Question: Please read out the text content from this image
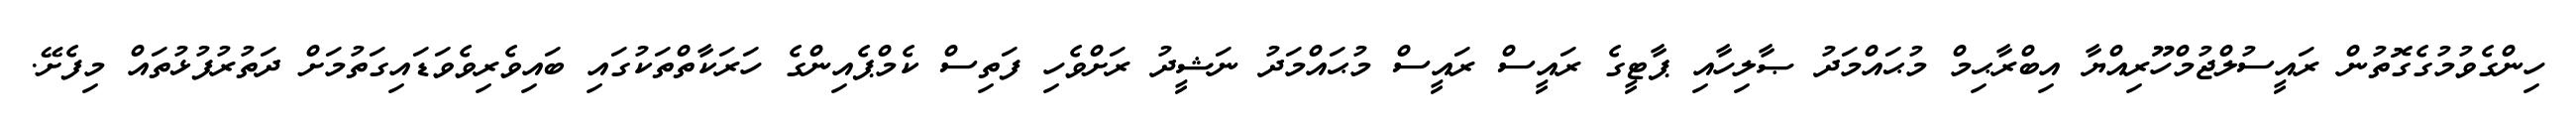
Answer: ހިންގެވުމުގެގޮތުން ރައީސުލްޖުމްހޫރިއްޔާ އިބްރާޙިމް މުޙައްމަދު ޞާލިހާއި ޕާޓީގެ ރައީސް ރައީސް މުޙައްމަދު ނަޝީދު ރަށްވެހި ފަތިސް ކެމްޕެއިންގެ ހަރަކާތްތަކުގައި ބައިވެރިވެވަޑައިގަތުމަށް ދަތުރުފުޅުތައް މިފެށޭ.